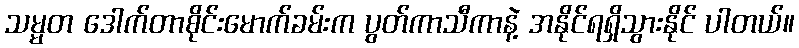
သမ္မတ ဒေါက်တာစိုင်းမောက်ခမ်းက ပွတ်ကာသီကာနဲ့ အနိုင်ရရှိသွားနိုင် ပါတယ်။